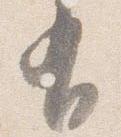
有